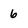
Character: 6